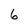
Character: 6